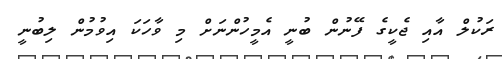
ރަކުލް އާއި ޖެކީގެ ފޭނުން ބުނީ އެމީހުންނަށް މި ވާހަކަ އިވުމުން ލިބުނީ